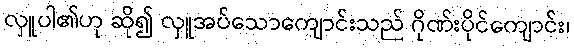
လှူပါ၏ဟု ဆို၍ လှူအပ်သောကျောင်းသည် ဂိုဏ်းပိုင်ကျောင်း၊